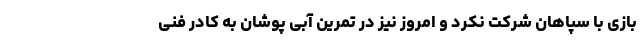
بازی با سپاهان شرکت نکرد و امروز نیز در تمرین آبی پوشان به کادر فنی